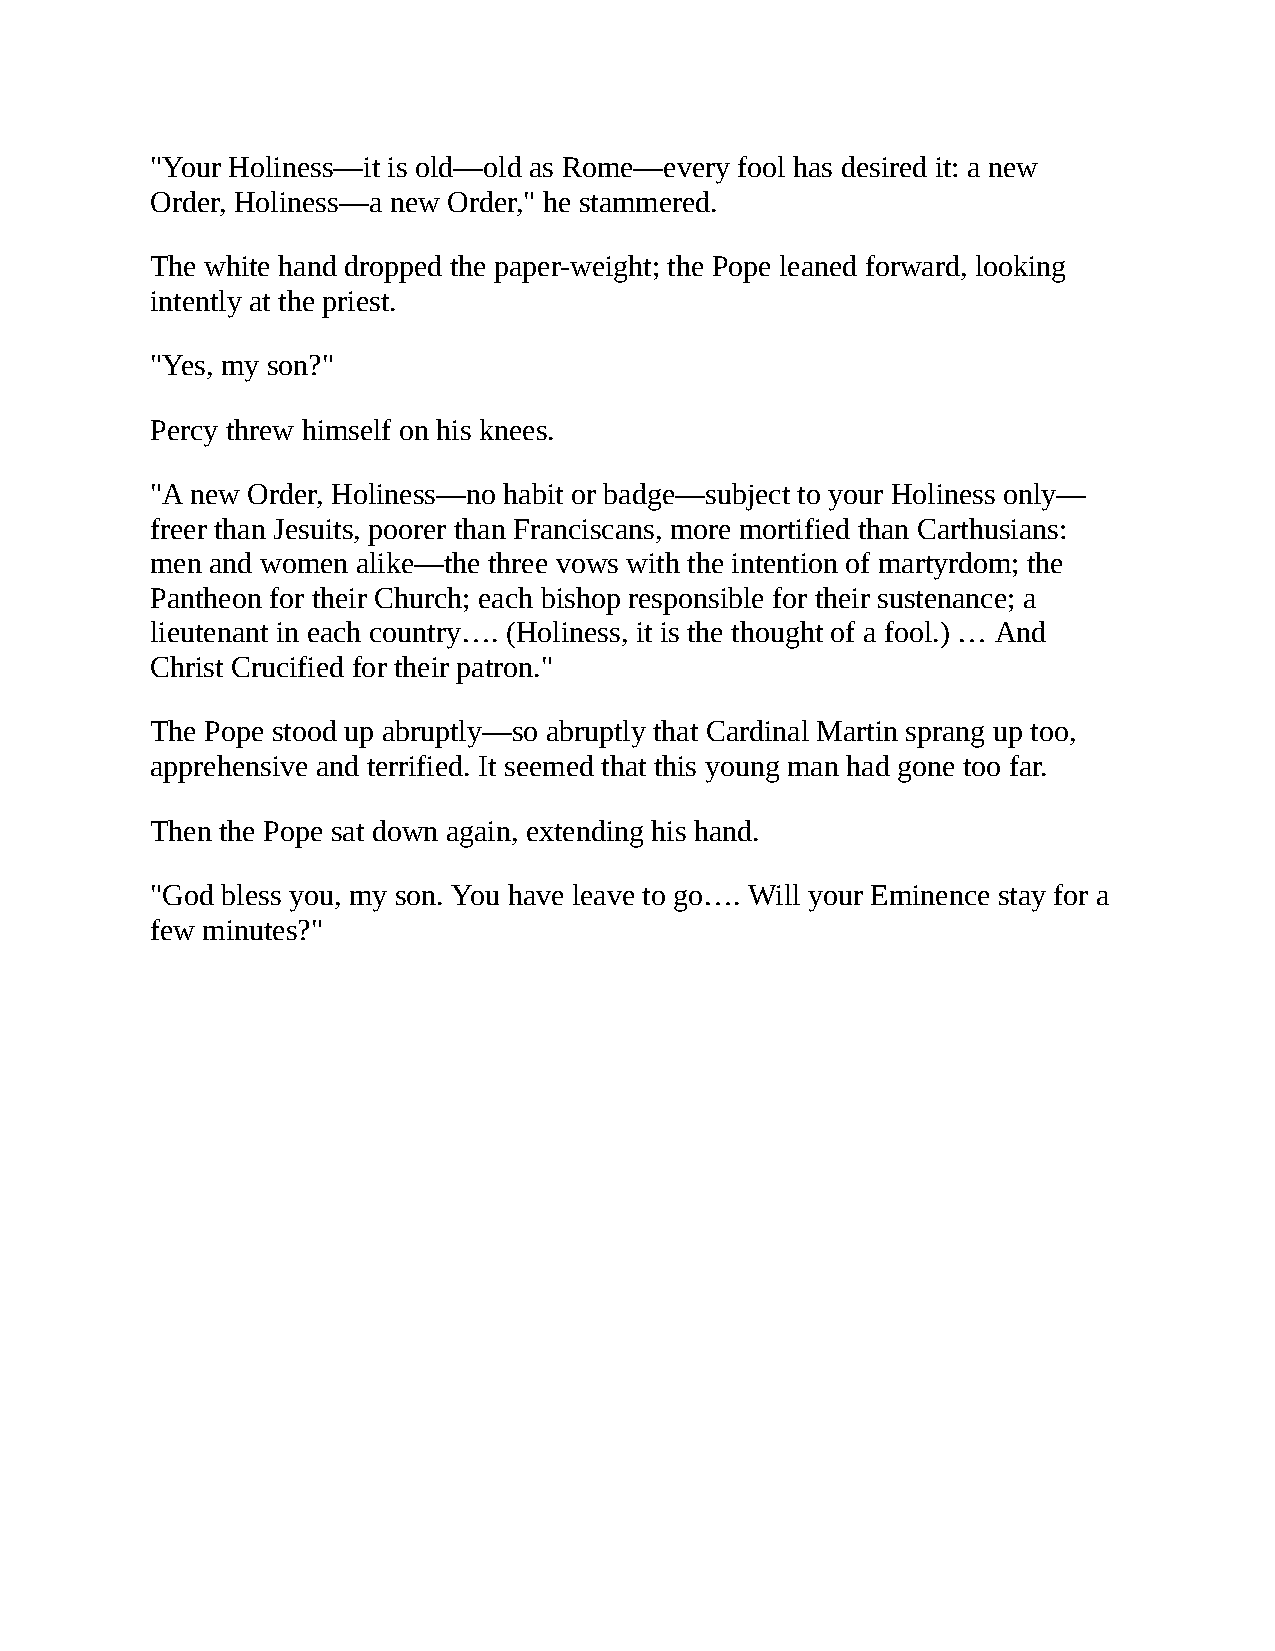
"Your Holiness—it is old—old as Rome—every fool has desired it: a new
 Order, Holiness—a new Order," he stammered.
 The white hand dropped the paper-weight; the Pope leaned forward, looking
 intently at the priest.
 "Yes, my son?"
 Percy threw himself on his knees.
 "A new Order, Holiness—no habit or badge—subject to your Holiness only—
 freer than Jesuits, poorer than Franciscans, more mortified than Carthusians:
 men and women alike—the three vows with the intention of martyrdom; the
 Pantheon for their Church; each bishop responsible for their sustenance; a
 lieutenant in each country…. (Holiness, it is the thought of a fool.) … And
 Christ Crucified for their patron."
 The Pope stood up abruptly—so abruptly that Cardinal Martin sprang up too,
 apprehensive and terrified. It seemed that this young man had gone too far.
 Then the Pope sat down again, extending his hand.
 "God bless you, my son. You have leave to go…. Will your Eminence stay for a
 few minutes?"